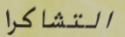
التشاكرا